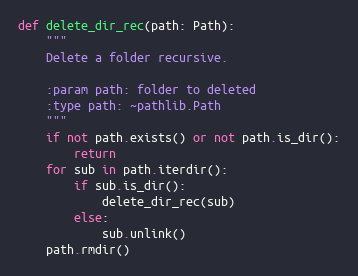
Language: Python
def delete_dir_rec(path: Path):
    """
    Delete a folder recursive.

    :param path: folder to deleted
    :type path: ~pathlib.Path
    """
    if not path.exists() or not path.is_dir():
        return
    for sub in path.iterdir():
        if sub.is_dir():
            delete_dir_rec(sub)
        else:
            sub.unlink()
    path.rmdir()